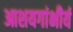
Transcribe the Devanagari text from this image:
आशयगांभीर्य